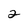
Character: 2